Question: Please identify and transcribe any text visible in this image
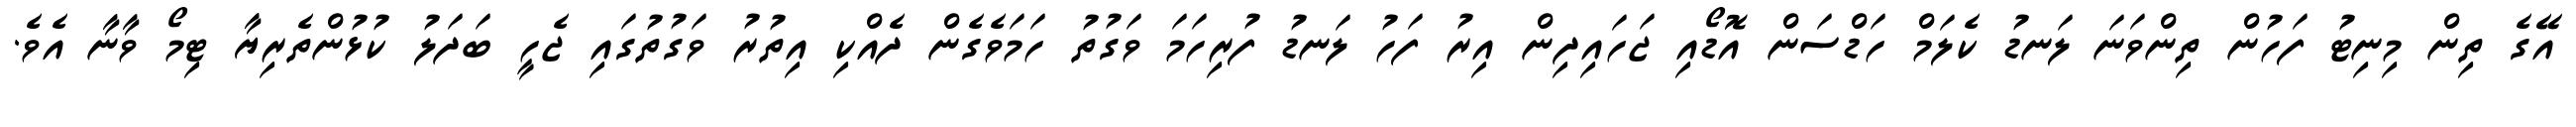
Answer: އޭގެ ތިން މިނިޓު ފަހުން ތިންވަނަ ލަނޑު ކެލަމް ހަޑްސަން އޮޑޯއި ޖަހައިދިން އިރު ފަހު ލަނޑު ފުރިހަމަ ވަގުތު ހަމަވެގެން ދެއްކި އިތުރު ވަގުތުގައި ޖެހީ ބަދަލު ކުޅުންތެރިޔާ ޓިމޯ ވާނާ އެވެ.